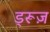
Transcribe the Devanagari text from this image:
ड्रूज़